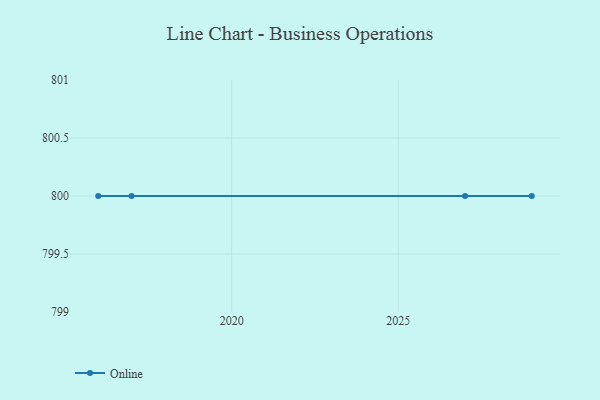
{"axis": {"x": "Year", "y": "Temperature (°C)"}, "legend": ["Online"], "data": [{"x": "2029", "y": 800, "type": "Online"}, {"x": "2016", "y": 800, "type": "Online"}, {"x": "2027", "y": 800, "type": "Online"}, {"x": "2017", "y": 800, "type": "Online"}]}